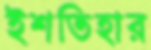
ইশতিহার